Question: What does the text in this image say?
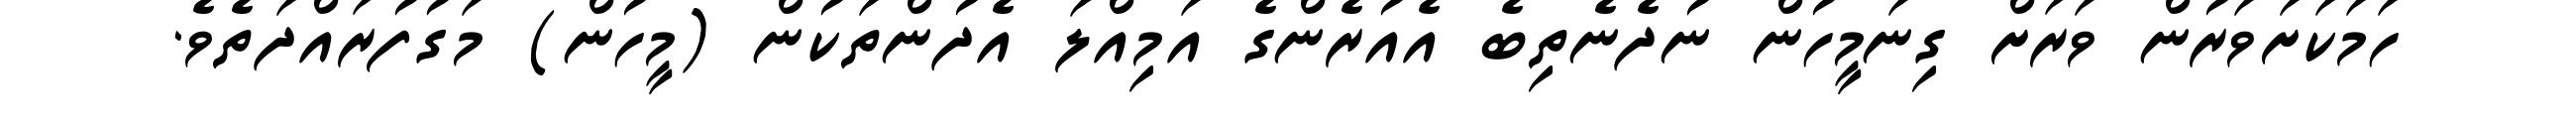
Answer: ހަމަކަށަވަރުން ވަރަށް ގިނަމީހުން ނުދެނެތިބެ އެއުރެންގެ އަމިއްލަ އެދުންތަކުން (މީހުން) މަގުފުރައްދަތެވެ.